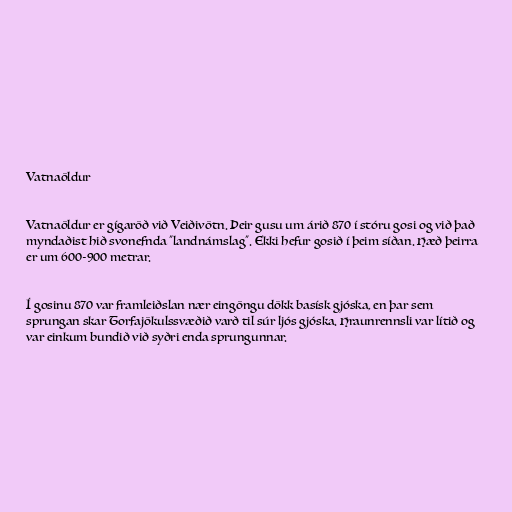
Vatnaöldur

Vatnaöldur er gígaröð við Veiðivötn. Þeir gusu um árið 870 í stóru gosi og við það
myndaðist hið svonefnda "landnámslag". Ekki hefur gosið í þeim síðan. Hæð þeirra
er um 600-900 metrar.

Í gosinu 870 var framleiðslan nær eingöngu dökk basísk gjóska, en þar sem
sprungan skar Torfajökulssvæðið varð til súr ljós gjóska. Hraunrennsli var lítið og
var einkum bundið við syðri enda sprungunnar.